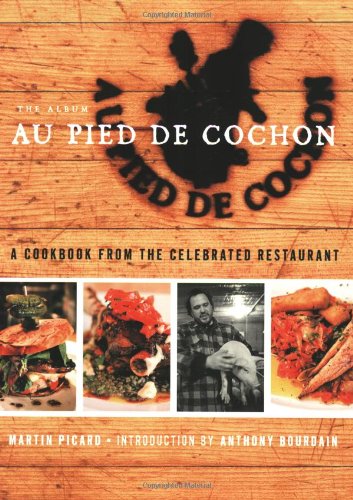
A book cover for Au Pied de Cochon: The Album; Martin Picard; Cookbooks, Food & Wine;